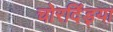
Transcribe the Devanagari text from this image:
चोरदिंड्या